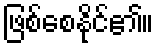
ဖြစ်စေနိုင်၏။